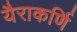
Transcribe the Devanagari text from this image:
यैराकर्णि